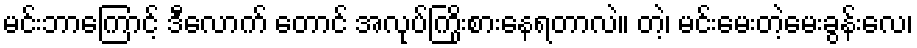
မင်းဘာကြောင့် ဒီလောက် တောင် အလုပ်ကြိုးစားနေရတာလဲ။ တဲ့၊ မင်းမေးတဲ့မေးခွန်းလေ၊